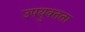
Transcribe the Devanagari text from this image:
उपयुक्‍तता